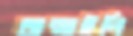
জন্মাইলি